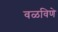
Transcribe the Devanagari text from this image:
वळविणे